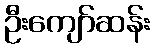
ဦးကျော်ဆန်း